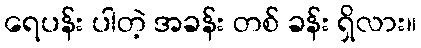
ရေပန်း ပါတဲ့ အခန်း တစ် ခန်း ရှိလား။